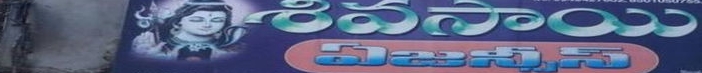
Language: telugu
Transcription: ఏజన్సీస్ శివసాయి